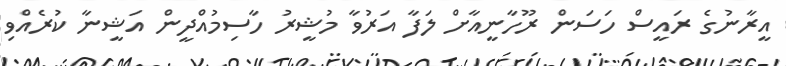
އީރާނުގެ ރައީސް ހަސަން ރޫހާނީއާށް ލަފާ އަރުވާ މުޝީރު ހާސިމުއްދީން އަޝީނާ ކުރެއްވި